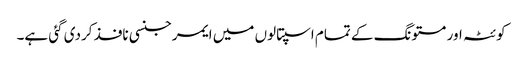
کوئٹہ اور مستونگ کے تمام اسپتالوں میں ایمرجنسی نافذ کردی گئی ہے۔